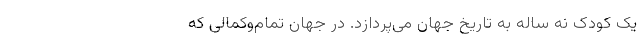
یک کودک نه ساله به تاریخ جهان می‌پردازد. در جهان تمام‌و‌کمالی که